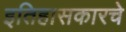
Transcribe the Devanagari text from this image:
इतिहासकारचे